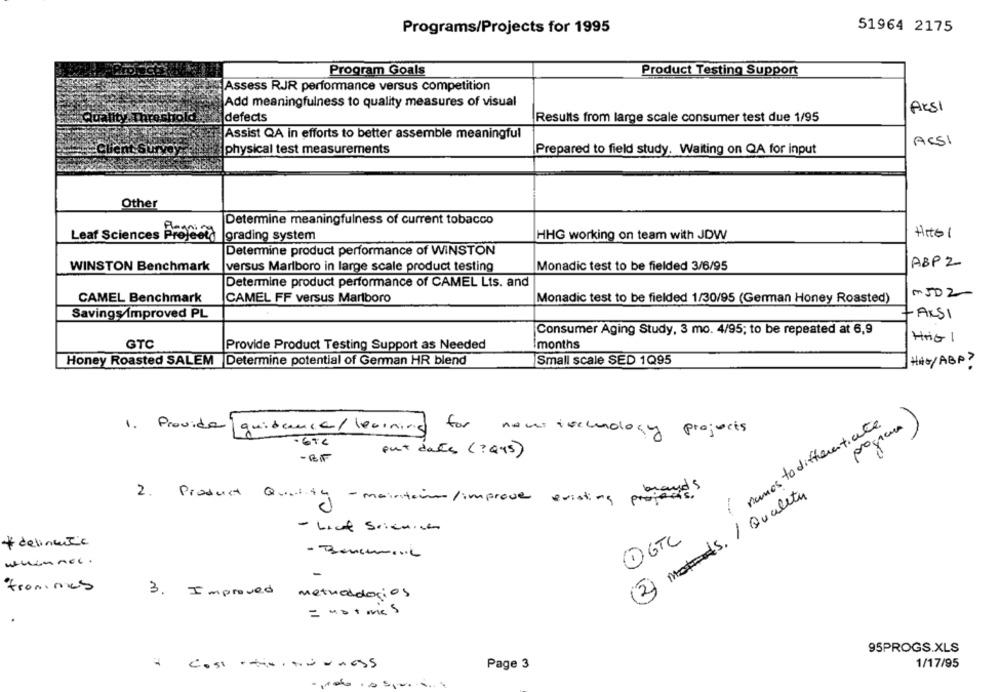
Programs/Projects for 1995
51964 2175
Program Goals
Product Testing Support
Assess RJR performance versus competition
Add meaningfulness to quality measures of visual
ARSI
defects
Results from large scale consumer test due 1/95
Assist QA in efforts to better assemble meaningful
ACSI
physical test measurements
Prepared to field study. Waiting on QA for input
Other
Determine meaningfulness of current tobacco
Hits 1
Leaf Sciences Prefect
grading system
HHG working on team with JDW
Determine product performance of WINSTON
ABP2
WINSTON Benchmark
versus Marlboro in large scale product testing
Monadic test to be fielded 3/6/95
Determine product performance of CAMEL Lts. and
MJD2
CAMEL Benchmark
CAMEL FF versus Marlboro
Monadic test to be fielded 1/30/95 (German Honey Roasted)
Savings Improved PL
-AKSI
Consumer Aging Study, 3 mo. 4/95; to be repeated at 6,9
HHG 1
GTC
Provide Product Testing Support as Needed
months
Honey Roasted SALEM Determine potential of German HR blend
Small scale SED 1Q95
HAw / ABP ?
( namos to differentiate
program )
1. Provide
guidance/ learning
for
now toecology projects
-674
put date ( ? Q45)
2 mots / Quality
2. Product Quality - maintain/ improve existing proces
- Leof Science
OGTL
* delirante
whennel .
fromimes
3.
Improved
methodologies
= notmes
95PROGS.XLS
1/17/95
Page 3
..
siv.